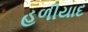
હળીયાદ